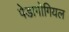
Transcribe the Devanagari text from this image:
पेडागोगियल